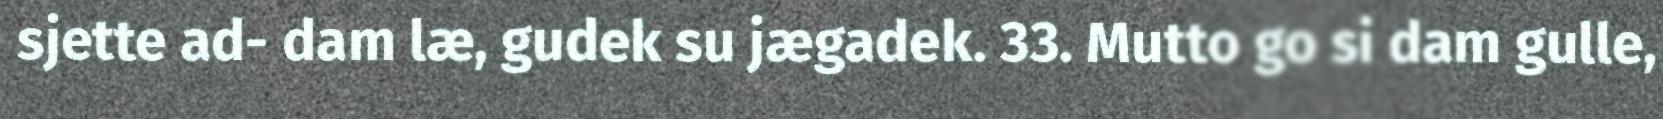
sjette ad- dam læ, gudek su jægadek. 33. Mutto go si dam gulle,